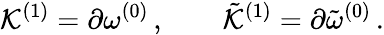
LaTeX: {\cal K}^{(1)}=\partial\omega^{(0)}\, ,\qquad{\tilde{\cal K}}^{(1)}=\partial{\tilde{\omega}}^{(0)}\, .